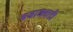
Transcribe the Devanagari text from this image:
बजाजवाडी